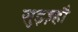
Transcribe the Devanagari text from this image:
सुइज़्हौ